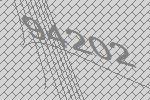
94202